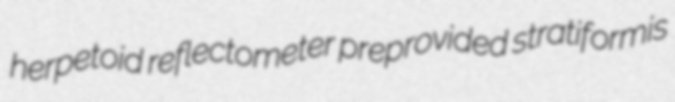
herpetoid reflectometer preprovided stratiformis